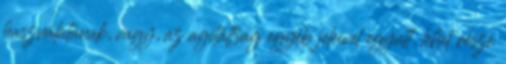
használatának, vagy, az agitáltság egyéb jeleivel együtt, lehet része